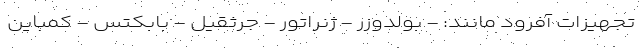
تجهیزات آفرود مانند: - بولدوزر - ژنراتور - جرثقیل - بابکتس - کمباین